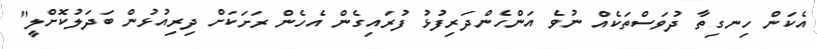
އެކަން ހިނގިތާ ދުވަސްތަކެއް ނުވެ އަންހެންދަރިފުޅު ފުރައިގެން އެހެން ރަށަކަށް ދިރިއުޅުން ބަދަލުކޮށްލީ"